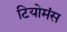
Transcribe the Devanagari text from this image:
टियोमंस